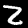
Label: 2